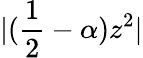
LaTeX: |(\frac{1}{2}-\alpha)z^{2}|